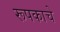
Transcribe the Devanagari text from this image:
रूपकाचे